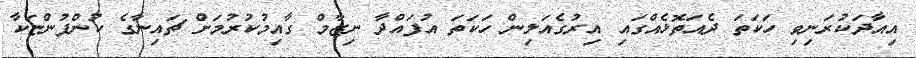
އިއާދަކުރަނިވި ހަކަތަ ދެއަތޮޅެއްގައި އިރުގެއަލިން ހަކަތަ އުފައްދާ ނިޒާމް ގާއިމުކުރުމަށް ޗައިނާގެ ކުންފުންޏަކާ